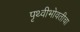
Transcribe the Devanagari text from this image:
पृथ्वीभोवतीचा